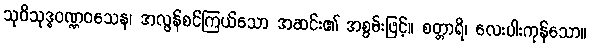
သုဝိသုဒ္ဓဝဏ္ဏဝသေန၊ အလွန်စင်ကြယ်သော အဆင်း၏ အစွမ်းဖြင့်။ စတ္တာရိ၊ လေးပါးကုန်သော။